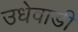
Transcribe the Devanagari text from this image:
उधेवाडी